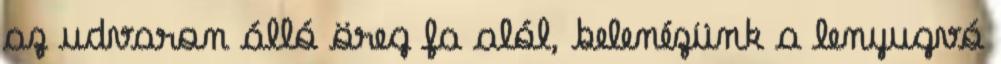
az udvaron álló öreg fa alól, belenézünk a lenyugvó